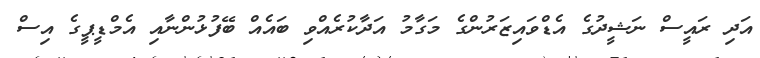
އަދި ރައީސް ނަޝީދުގެ އެޑްވައިޒަރުންގެ މަގާމު އަދާކުރެއްވި ބައެއް ބޭފުޅުންނާއި އެމްޑީޕީގެ އިސް